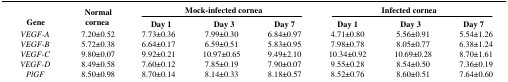
<table><thead><tr><td rowspan="3"><b>Gene</b></td><td rowspan="3"><b>Normal cornea</b></td><td colspan="3"><b>Mock-infected cornea</b></td><td colspan="3"><b>Infected cornea</b></td></tr><tr><td><b>Day 1</b></td><td><b>Day 3</b></td><td><b>Day 7</b></td><td><b>Day 1</b></td><td><b>Day 3</b></td><td><b>Day 7</b></td></tr></thead><tbody><tr><td><i>VEGF-A</i></td><td>7.20±0.52</td><td>7.73±0.36</td><td>7.99±0.30</td><td>6.84±0.97</td><td>4.71±0.80</td><td>5.56±0.91</td><td>5.54±1.26</td></tr><tr><td><i>VEGF-B</i></td><td>5.72±0.38</td><td>6.64±0.17</td><td>6.59±0.51</td><td>5.83±0.95</td><td>7.98±0.78</td><td>8.05±0.77</td><td>6.38±1.24</td></tr><tr><td><i>VEGF-C</i></td><td>9.80±0.07</td><td>9.92±0.21</td><td>10.97±0.65</td><td>9.49±2.10</td><td>10.34±0.92</td><td>10.69±0.28</td><td>8.70±1.61</td></tr><tr><td><i>VEGF-D</i></td><td>8.49±0.58</td><td>7.60±0.12</td><td>7.85±0.19</td><td>7.90±0.07</td><td>9.55±0.28</td><td>8.54±0.50</td><td>7.36±0.19</td></tr><tr><td><i>PlGF</i></td><td>8.50±0.98</td><td>8.70±0.14</td><td>8.14±0.33</td><td>8.18±0.57</td><td>8.52±0.76</td><td>8.60±0.51</td><td>7.64±0.60</td></tr></tbody></table>